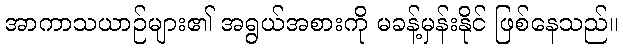
အာကာသယာဉ်များ၏ အရွယ်အစားကို မခန့်မှန်းနိုင် ဖြစ်နေသည်။